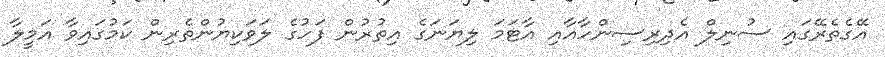
އޭގެތެރޭގައި ސުނިލް އެދިރިސިންހާއާއި އާޓަމަ ލިޔަނަގެ އިތުރުން ފަހުގެ ލަވަކިޔުންތެރިން ކަމުގައިވާ އަމީލާ